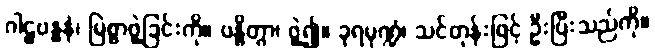
ဂါဠှဗန္ဓနံ၊ မြဲစွာဖွဲ့ခြင်းကို။ ဗန္ဓိတွာ၊ ဖွဲ့၍။ ခုရမုဏ္ဍံ၊ သင်တုန်းဖြင့် ဦးပြီးသည်ကို။